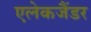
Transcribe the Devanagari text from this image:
एलेकजैंडर